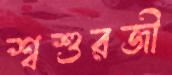
শ্বশুরজী